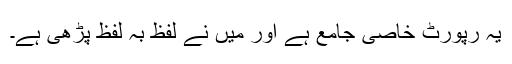
یہ رپورٹ خاصی جامع ہے اور مَیں نے لفظ بہ لفظ پڑھی ہے۔